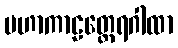
မဟာကာဠတ္ထေရဂါထာ